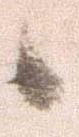
候